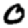
Digit: 0